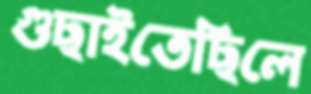
গুছাইতেছিলে